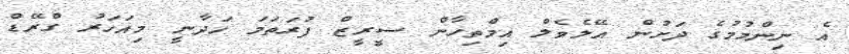
އެ ނިންމުމުގެ ދަށުން އޭލެވެލް އިމްތިހާން ސީރީޒް ފުރަތަމަ ހަދާނީ މިއަހަރު ގްރޭޑް